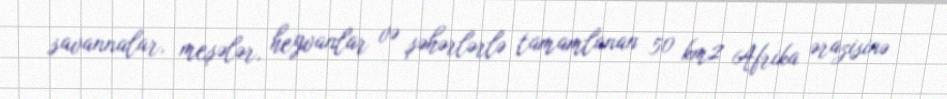
savannalar, meşələr, heyvanlar və şəhərlərlə tamamlanan 50 km2 Afrika ərazisinə